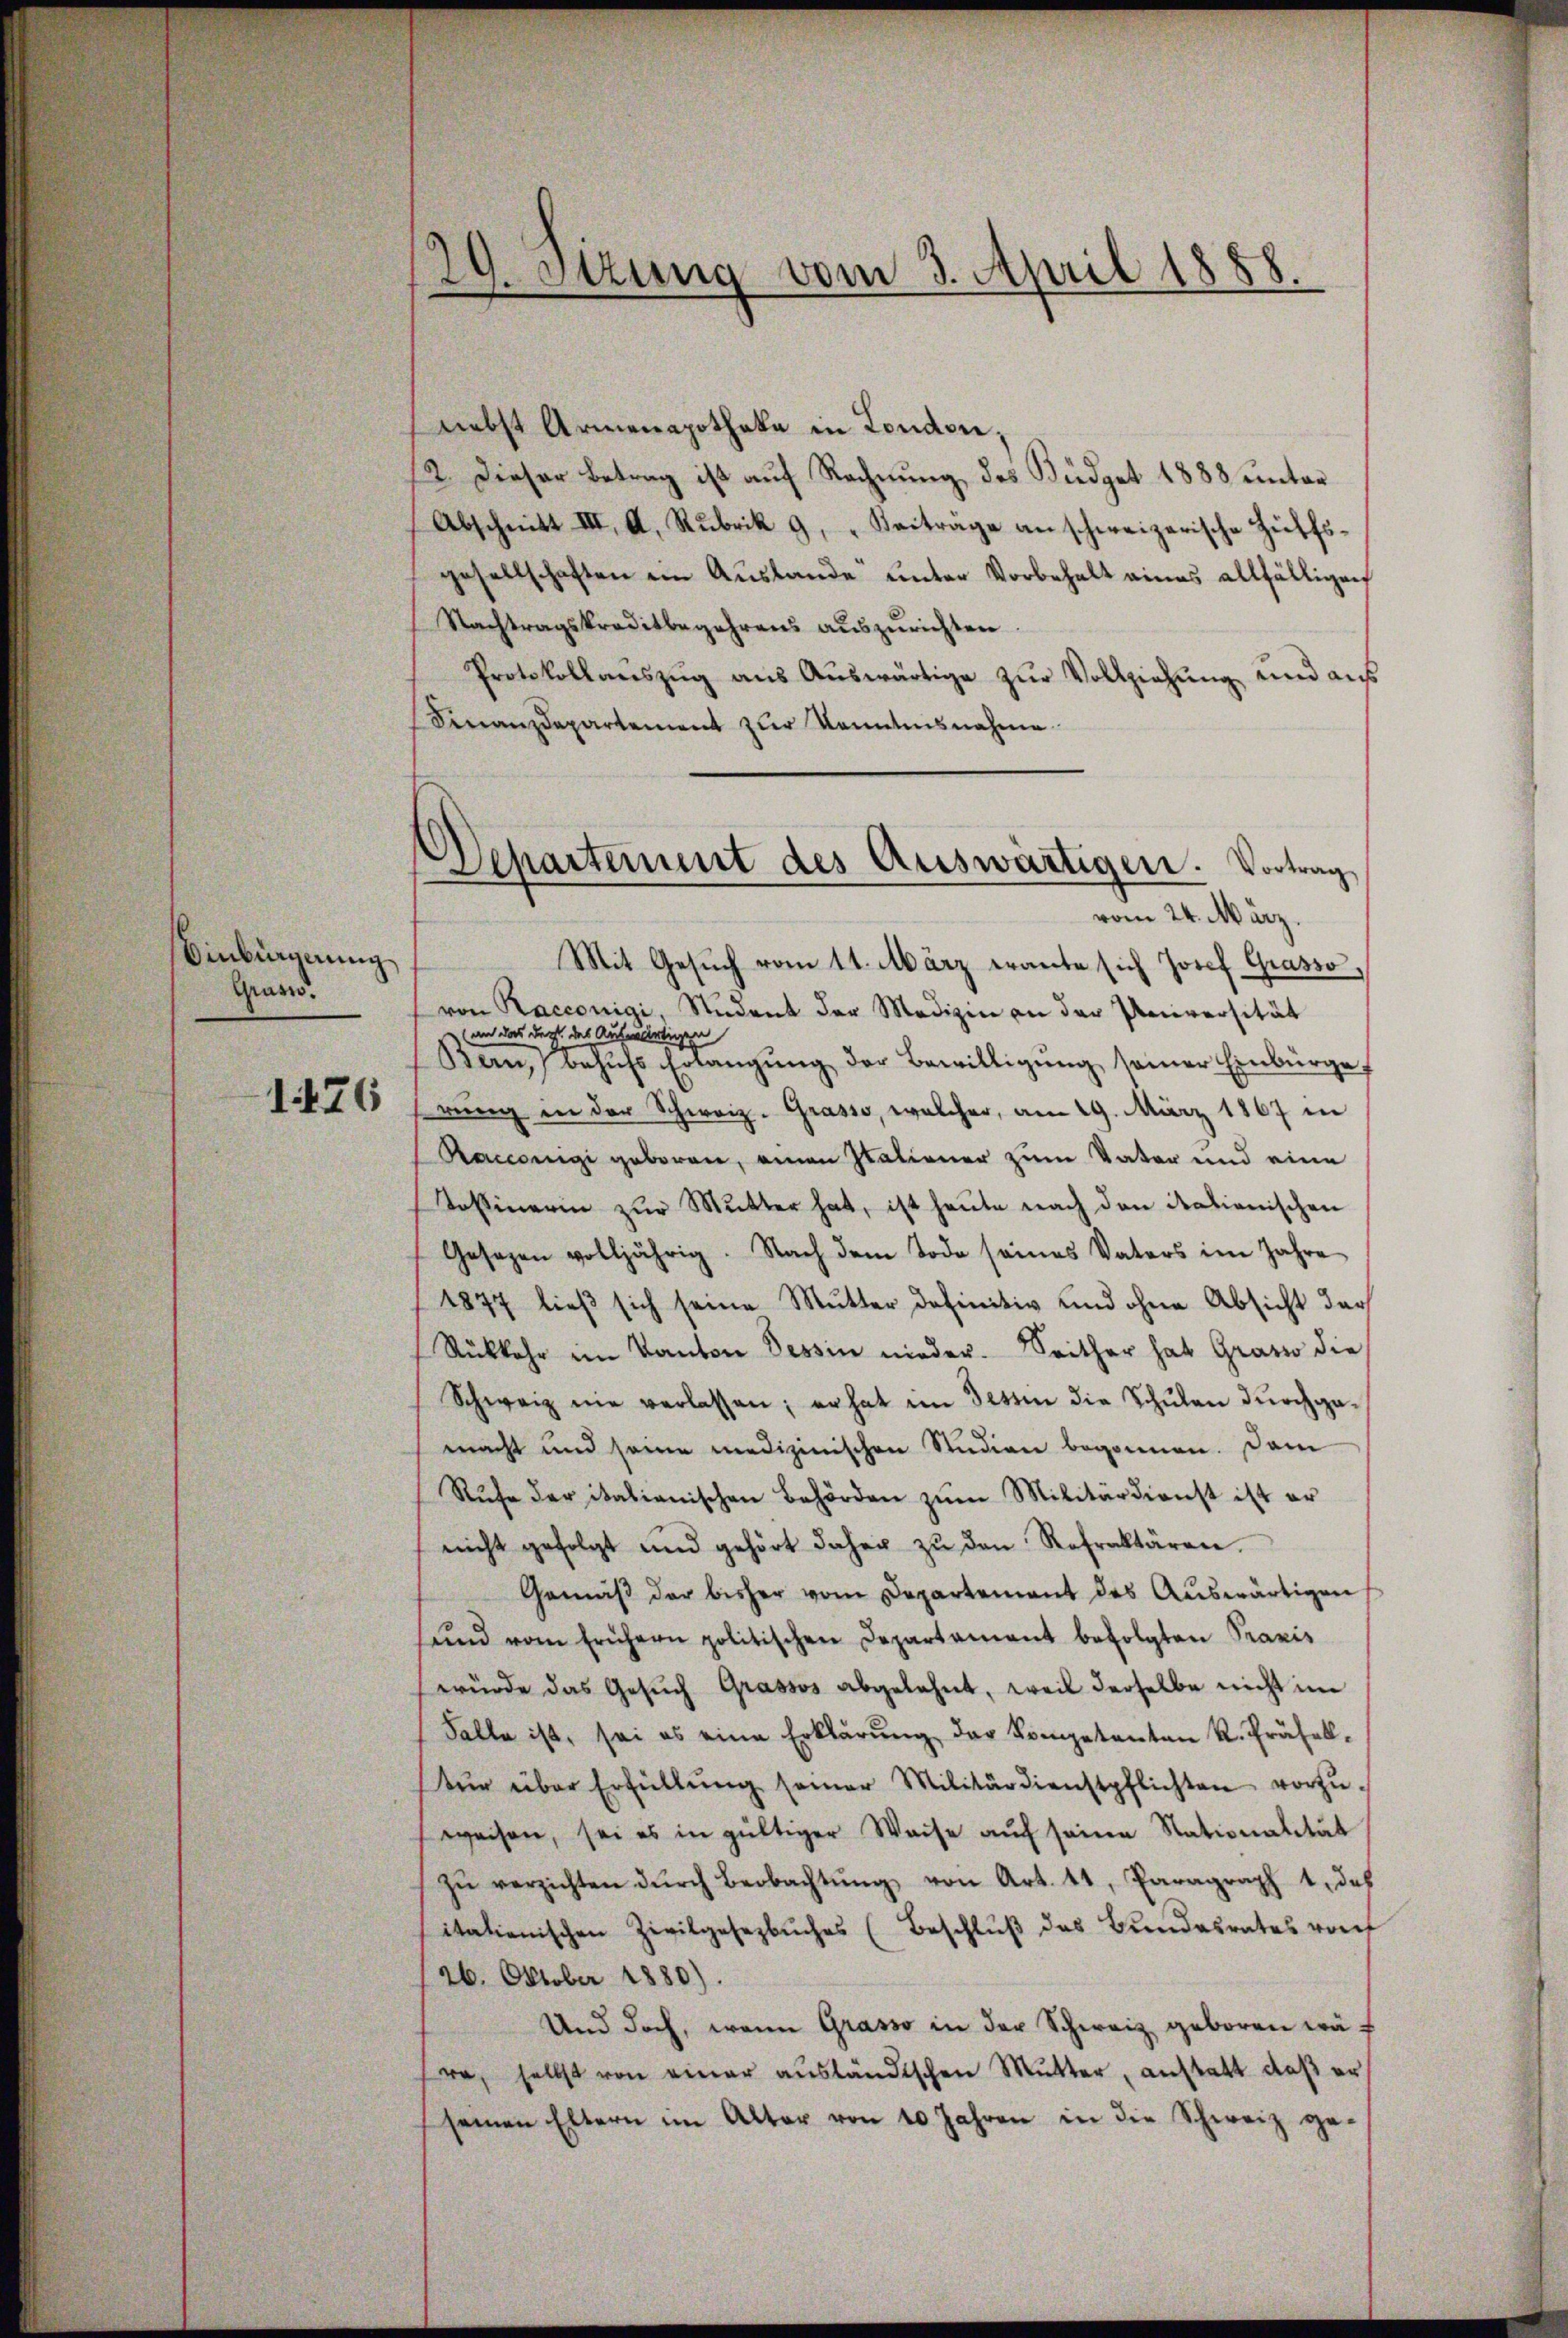
Einbürgerung
Graswo.

1176

29. Stzung vom 3. April 1888.
n

Departement des Auswärtigen. Vortrag
vom 24. März.

nebst Armenapotheke in London,
2. Dieser Betrag ist auf Rechnung des Büdget 1888 unter
Abschnitt III. A. Rubrik 9. Beiträge an schweizerische Hülfsgesellschaften ein Auslande unter Vorbehalt eines allfälligen
Nachtragskreditbegehrens auszurichten
Protokollaŭszŭg aŭs Aŭswärtige zŭr Vollziehŭng und aŭs
Finanzdepartement zur Kenntnisnahme.
Mit Gesŭch vom 11. März erante sich Josef Grasso,
von Racconigi, Student der Medizin an der Universität
an das der des Aufwärtigen
Bern, behŭfs Erlangŭng der Bewilligŭng seiner Einbürge,
rung in der Schweiz. Grasso, welcher, am 29. März 1867 in
Raccsengi geboren, einen Italiener zum Vater und eine
Kossinerin zŭr Mŭtter hat, ist heute nach den itationischen
Gesezen volljährig. Nach dem Tode seines Vaters im Jahre
1877 dieβ sich seine Mutter definitiv und ohne Absicht der
Rückkehr im Kanton Tessin nieder. Seither hat Grasso die
Schweiz nie verlassen; er hat im Tessin die Schulen durchgamacht und seine medizinischen Studien begonnen. Dam
Rŭfe der italianischen Behörden zŭm Militärdienst ist er
nicht gefolgt und gehört daher zŭ den Refraktären.
Gemäβ der bisher vom Departement des Aŭswärtigen
ŭnd vom frühern politischen Departament befolgten Praxis
würde das Gesŭch Grassos abgelehnt, weil derselbe nicht im
Falle ist, sei es eine Erklärŭng der Kompetenten R. Präsel-
tŭr über Erfüllŭng seiner Militärdienstpflichten vorzŭ-
weisen, sei es in gültiger Waise aŭf seine Stationalität
zŭ verzichten dŭrch Beobachtŭng von Art. 41, Paragraph 1. des
itationischen Zivilgesezbŭches (Beschlŭβ des Bŭndesrates rof
126. Oktober 1880).
Und doch, wenn Grasso in der Schweiz geboren wäre, selbst von einer aŭsländischen Mutter, anstatt daβ er
seinen Eltern im Alter von 10 Jahren in die Schweiz ge¬